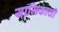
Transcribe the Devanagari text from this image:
यामिकाची